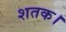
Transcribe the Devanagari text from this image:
शतक।